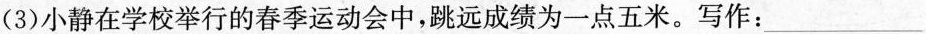
(3) 小静在学校举行的春季运动会中，跳远成绩为一点五米。写作:___